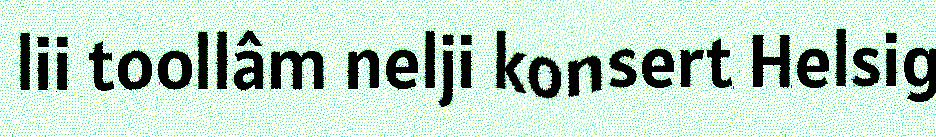
lii toollâm nelji konsert Helsig